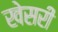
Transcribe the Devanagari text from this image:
खेसरी